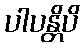
ပါပန္တိပိ